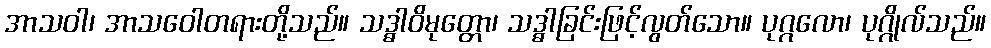
အာသဝါ၊ အာသဝေါတရားတို့သည်။ သဒ္ဓါဝိမုတ္တော၊ သဒ္ဓါခြင်းဖြင့်လွတ်သော။ ပုဂ္ဂလော၊ ပုဂ္ဂိုလ်သည်။